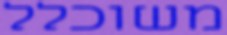
משוכלל